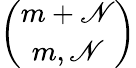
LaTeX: \binom{m+\mathscr{N}}{m,\mathscr{N}}